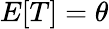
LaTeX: E[T]=\theta